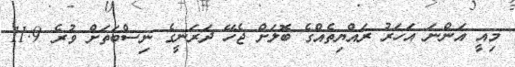
މިއީ އަންނަ އަހަރު ރައްޔިތެއްގެ ބޮލަށް ޖެހޭ ދަރަނީގެ ނިސްބަތަށް ވުރެ 11.9